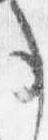
事